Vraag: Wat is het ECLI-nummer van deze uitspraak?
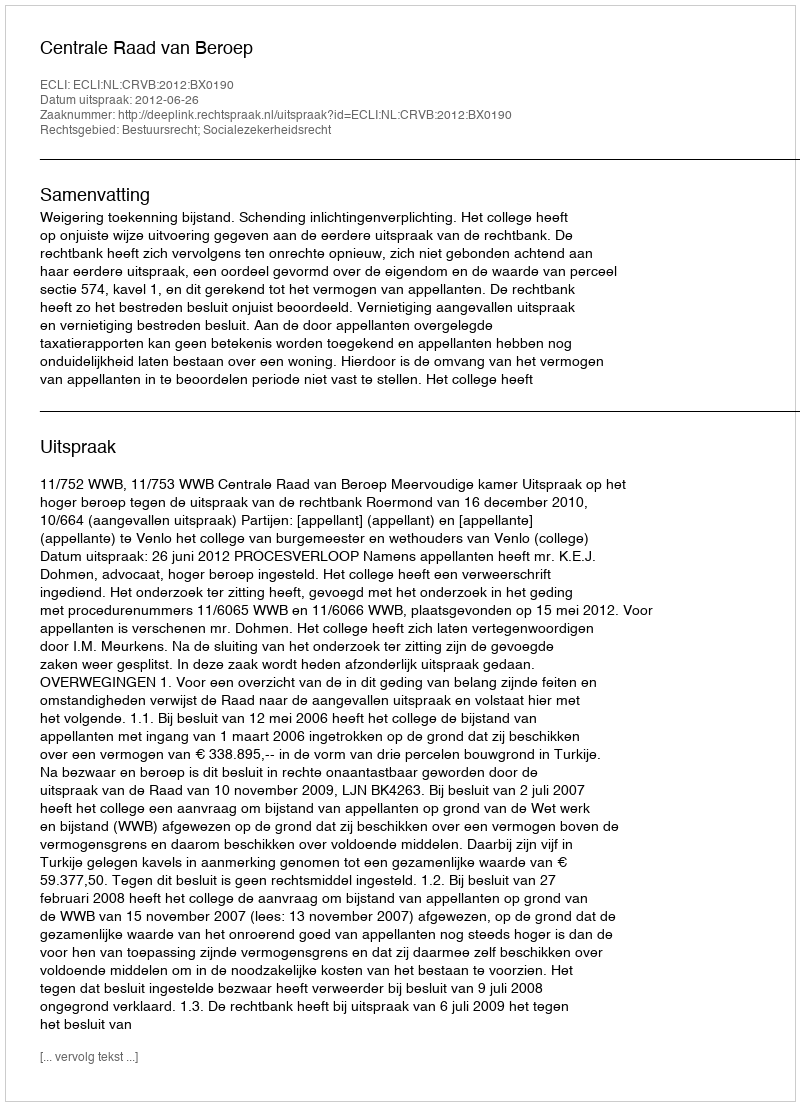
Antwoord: ECLI:NL:CRVB:2012:BX0190